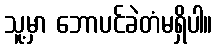
သူ့မှာ ဘောပင်ခဲတံမရှိပါ။